Leaving Certificate Examination (including Day School Certificate (Higher) General paper), 1929
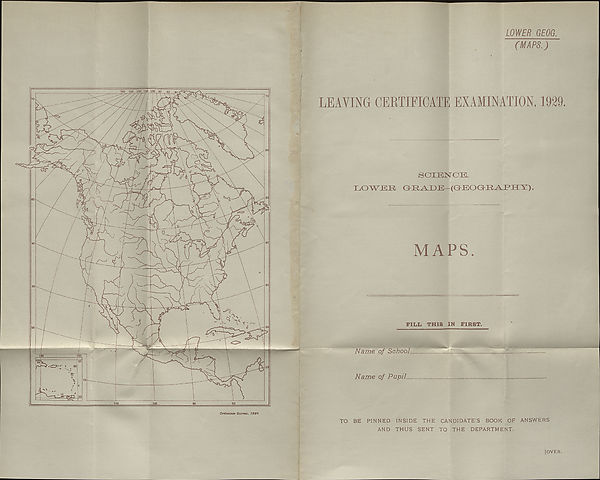
Ordnance Survey, 1929.
LOWER GEOG.
(MAPS.)
LEAVING CERTIFICATE EXAMINATION, 1929.
SCIENCE.
CO WEE OE^EE—(GbEOGKR-AJPIIY).
MAPS.
FILL THIS IN FIRST.
Name of School
Name of Pupil
TO BE PINNED INSIDE THE CANDIDATE’S BOOK OF ANSWERS
AND THUS SENT TO THE DEPARTMENT.